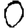
Digit: 0